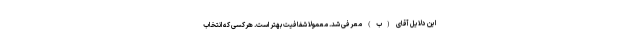
این دلایل آقای (ب) معرفی شد. معمولا شفافیت بهتر است. هرکسی که انتخاب